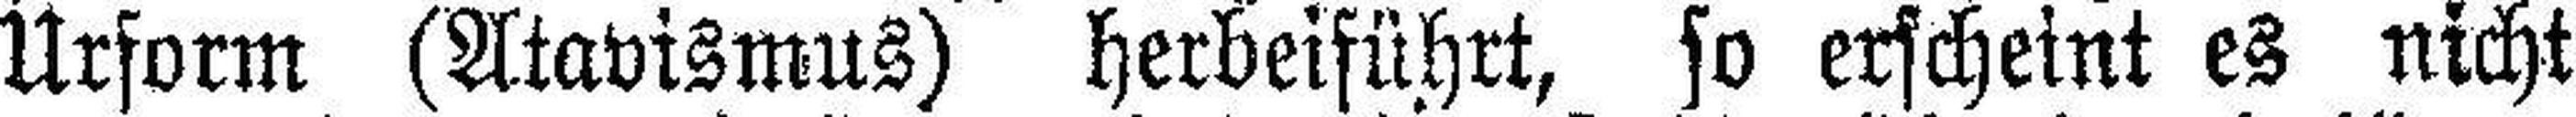
Urform (Atavismus) herbeiführt, so erscheint es nicht